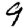
Digit: 9